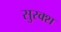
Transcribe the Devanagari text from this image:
सुरक्श